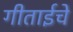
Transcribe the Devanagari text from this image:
गीताईचे